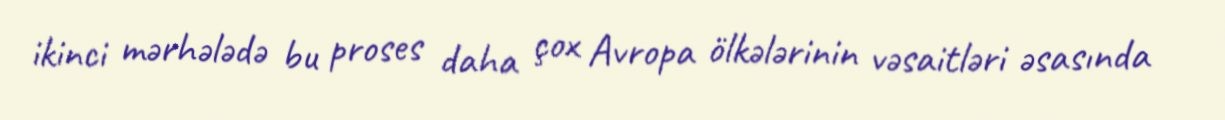
ikinci mərhələdə bu proses daha çox Avropa ölkələrinin vəsaitləri əsasında